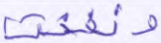
ونفخت